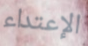
الإعتداء